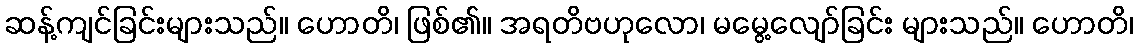
ဆန့်ကျင်ခြင်းများသည်။ ဟောတိ၊ ဖြစ်၏။ အရတိဗဟုလော၊ မမွေ့လျော်ခြင်း များသည်။ ဟောတိ၊